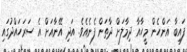
ފައިބާ އަންހެން މީހާއާ ދިމާލަށް ދާތަން ފެނެއެވެ. އަދި އޭނާއަށް އެ ސަރަހައްދުގައި